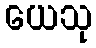
ယေသု